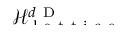
\smash { \mathcal { H } _ { \mathrm { ~ l ~ a ~ t ~ t ~ i ~ c ~ e ~ } } ^ { d \mathrm { ~ D ~ } } }